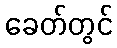
ခေတ်တွင်